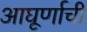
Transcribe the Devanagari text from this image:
आघूर्णाची